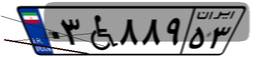
۰۳W۸۸۹۵۳